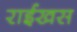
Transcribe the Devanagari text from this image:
राईखस